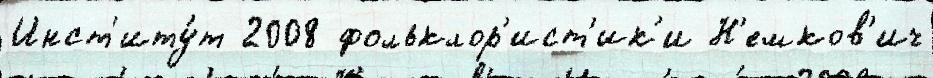
Инст'иту́т 2008 фольклор'ист'ик'и Н'емков'ич